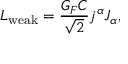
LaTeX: { \cal L } _ { \mathrm { w e a k } } = \frac { G _ { F } C } { \sqrt { 2 } } j ^ { \alpha } J _ { \alpha } ,